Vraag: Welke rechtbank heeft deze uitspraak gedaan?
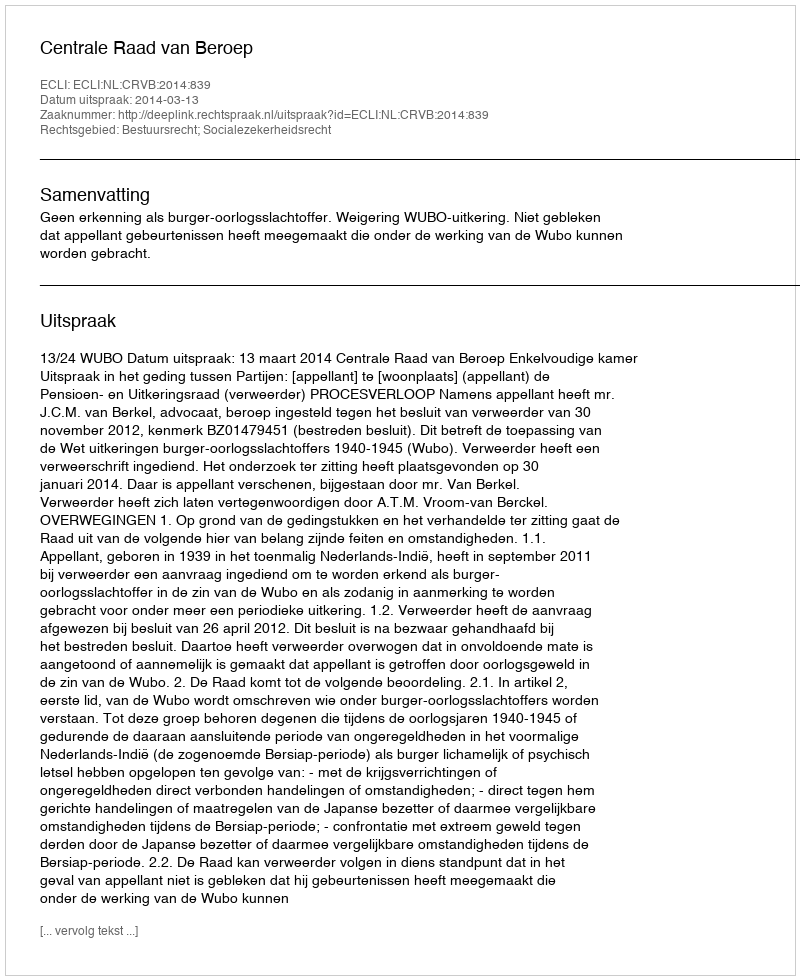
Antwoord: Centrale Raad van Beroep